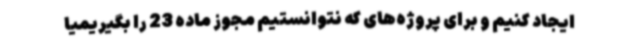
ایجاد کنیم و برای پروژه‌های که نتوانستیم مجوز ماده 23 را بگیریمیا